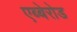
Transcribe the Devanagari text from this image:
एब्बेरोड